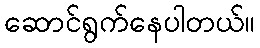
ဆောင်ရွက်နေပါတယ်။